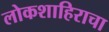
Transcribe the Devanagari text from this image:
लोकशाहिराचा